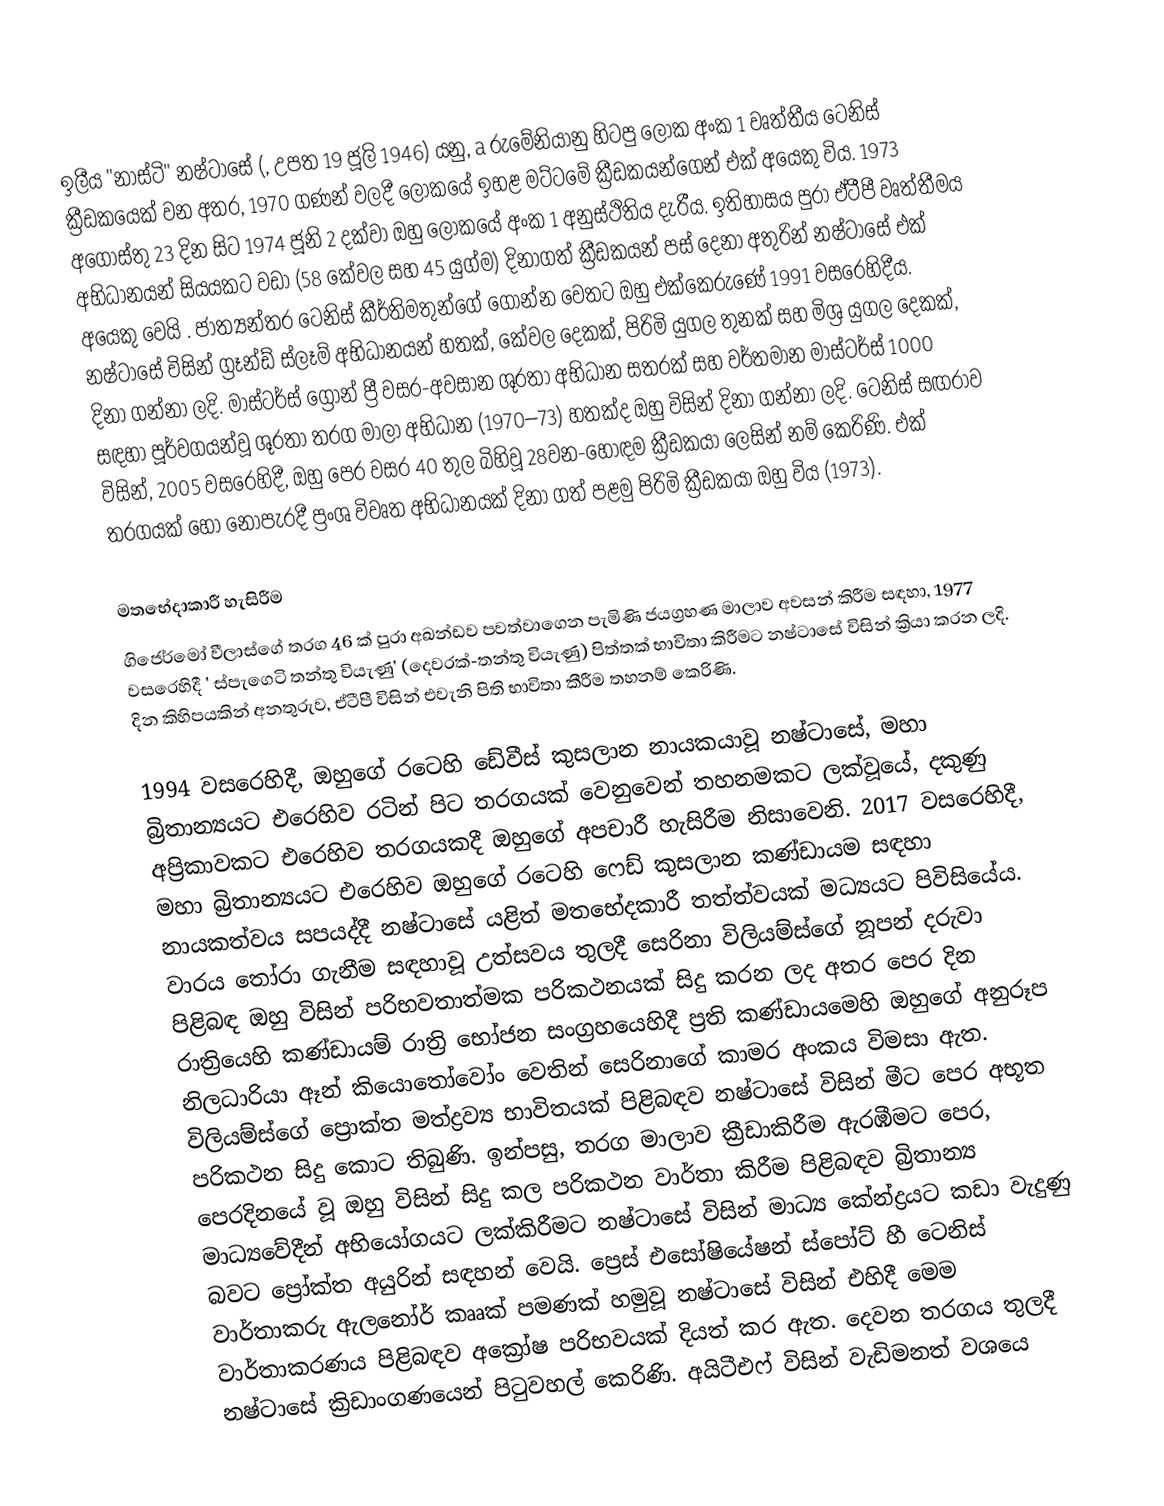
ඉලීය "නාස්ටි" නෂ්ටාසේ (, උපත 19 ජූලි 1946) යනු,  a රුමේනියානු හිටපු ලෝක අංක 1 වෘත්තීය ටෙනිස් ක්‍රීඩකයෙක් වන අතර, 1970 ගණන් වලදී ලෝකයේ ඉහළ මට්ටමේ ක්‍රීඩකයන්ගෙන් එක් අයෙකු විය. 1973 අගෝස්තු 23 දින සිට 1974 ජූනි 2 දක්වා ඔහු ලෝකයේ අංක 1 අනුස්ථිතිය දැරීය. ඉතිහාසය පුරා ඒටීපී වෘත්තීමය අභිධානයන් සියයකට වඩා (58 කේවල සහ 45 යුග්ම) දිනාගත් ක්‍රීඩකයන් පස් දෙනා අතුරින් නෂ්ටාසේ එක් අයෙකු වෙයි .  ජාත්‍යන්තර ටෙනිස් කීර්තිමතුන්ගේ ගොන්න වෙතට ඔහු එක්කෙරුණේ 1991 වසරෙහිදීය. නෂ්ටාසේ විසින්  ග්‍රෑන්ඩ් ස්ලෑම් අභිධානයන් හතක්, කේවල දෙකක්, පිරිමි යුගල තුනක් සහ මිශ්‍ර යුගල දෙකක්, දිනා ගන්නා ලදි. මාස්ටර්ස් ග්‍රොන් ප්‍රී වසර-අවසාන ශූරතා අභිධාන සතරක් සහ  වර්තමාන මාස්ටර්ස් 1000 සඳහා පූර්වගයන්වූ ශූරතා තරග මාලා අභිධාන (1970–73) හතක්ද ඔහු විසින් දිනා ගන්නා ලදි. ටෙනිස් සඟරාව විසින්,  2005 වසරෙහිදී, ඔහු පෙර වසර 40 තුල බිහිවූ  28වන-හොඳම ක්‍රීඩකයා ලෙසින් නම් කෙරිණි. එක් තරගයක් හෝ නොපැරදී ප්‍රංශ විවෘත අභිධානයක් දිනා ගත් පළමු පිරිමි ක්‍රීඩකයා ඔහු විය (1973).

මතභේදාකාරී හැසිරීම
ගිජෙර්මෝ වීලාස්ගේ තරග 46 ක් පුරා අඛන්ඩව පවත්වාගෙන පැමිණි ජයග්‍රහණ මාලාව අවසන් කිරීම සඳහා, 1977 වසරෙහිදී ' ස්පැගෙටි තන්තු වියැණු' (දෙවරක්-තන්තු වියැණු) පිත්තක් භාවිතා කිරීමට නෂ්ටාසේ විසින් ක්‍රියා කරන ලදි. දින කිහිපයකින් අනතුරුව, ඒටීපී විසින් එවැනි පිති භාවිතා කීරීම තහනම් කෙරිණි.

1994 වසරෙහිදී,   ඔහුගේ රටෙහි ඩේවීස් කුසලාන නායකයාවූ නෂ්ටාසේ, මහා බ්‍රිතාන්‍යයට එරෙහිව රටින් පිට තරගයක් වෙනුවෙන් තහනමකට ලක්වූයේ, දකුණු අප්‍රිකාවකට එරෙහිව තරගයකදී ඔහුගේ අපචාරී හැසිරීම නිසාවෙනි. 2017 වසරෙහිදී, මහා බ්‍රිතාන්‍යයට එරෙහිව ඔහුගේ රටෙහි ෆෙඩ් කුසලාන කණ්ඩායම සඳහා නායකත්වය සපයද්දී නෂ්ටාසේ යළිත් මතභේදකාරී තත්ත්වයක් මධ්‍යයට පිවිසියේය. වාරය තෝරා ගැනීම සඳහාවූ උත්සවය තුලදී සෙරිනා විලියම්ස්ගේ නූපන් දරුවා පිළිබඳ ඔහු විසින් පරිභවතාත්මක පරිකථනයක් සිදු කරන ලද අතර පෙර දින රාත්‍රියෙහි කණ්ඩායම් රාත්‍රි භෝජන සංග්‍රහයෙහිදී ප්‍රති කණ්ඩායමෙහි ඔහුගේ අනුරූප නිලධාරියා   ඈන් කියොතෝවෝං වෙතින් සෙරිනාගේ කාමර අංකය විමසා ඇත. විලියම්ස්ගේ ප්‍රොක්ත මත්ද්‍රව්‍ය භාවිතයක් පිළිබඳව නෂ්ටාසේ විසින් මීට පෙර අභූත පරිකථන සිදු කොට තිබුණි.  ඉන්පසු,  තරග මාලාව ක්‍රීඩාකිරීම ඇරඹීමට පෙර, පෙරදිනයේ වූ ඔහු විසින් සිදු කල පරිකථන වාර්තා කිරීම පිළිබඳව බ්‍රිතාන්‍ය මාධ්‍යවේදීන් අභියෝගයට ලක්කිරීමට නෂ්ටාසේ විසින් මාධ්‍ය කේන්ද්‍රයට කඩා වැදුණු බවට ප්‍රෝක්ත අයුරින් සඳහන් වෙයි. ප්‍රෙස් එසෝෂියේෂන් ස්පෝට් හී ටෙනිස් වාර්තාකරු ඇලනෝර් කෲක් පමණක් හමුවූ නෂ්ටාසේ විසින් එහිදී මෙම වාර්තාකරණය පිළිබඳව අක්‍රෝෂ පරිභවයක්  දියත් කර ඇත. දෙවන තරගය තුලදී නෂ්ටාසේ ක්‍රිඩාංගණයෙන් පිටුවහල් කෙරිණි. අයිටීඑෆ් විසින් වැඩිමනත් වශයෙ